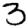
Digit: 3